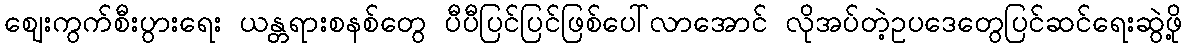
ဈေးကွက်စီးပွားရေး ယန္တရားစနစ်တွေ ပီပီပြင်ပြင်ဖြစ်ပေါ်လာအောင် လိုအပ်တဲ့ဥပဒေတွေပြင်ဆင်ရေးဆွဲဖို့